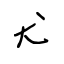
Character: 尤